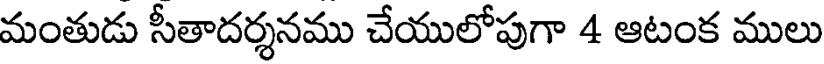
మంతుడు సీతాదర్శనము చేయులోపుగా 4 ఆటంక ములు